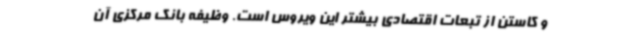
و کاستن از تبعات اقتصادی بیشتر این ویروس است. وظیفه بانک مرکزی آن